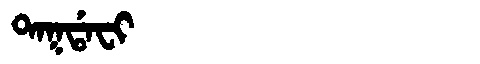
Manchu: ᡨᠠᡴᡩᠠᠸᡳ
Romanization: TAKDAFI